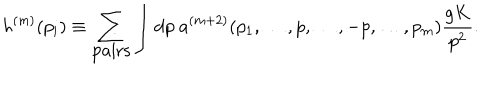
LaTeX: h ^ { ( m ) } ( p _ { i } ) \equiv \sum _ { \mathrm { p a i r s } } \int \mathrm { d } p \ a ^ { ( m + 2 ) } ( p _ { 1 } , \dots , p , \dots , - p , \dots , p _ { m } ) { \frac { g K } { p ^ { 2 } } } .